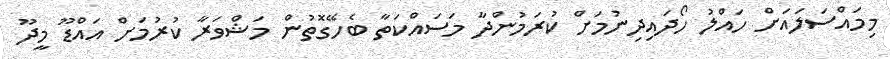
މިމައްސަަލައަށް ހައްލު ހޯދައިދިނުމަށް ކުރަމުންދާ މަސައްކަތާ ބެހޭގޮތުން މަޝްވަރާ ކުރުމަށް އައްޑޫ މީދޫ